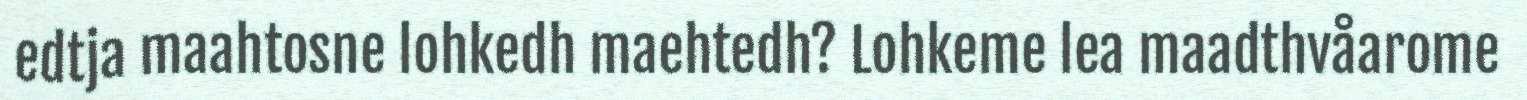
edtja maahtosne lohkedh maehtedh? Lohkeme lea maadthvåarome